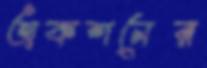
অকশনের